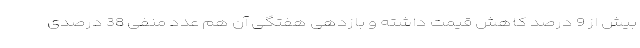
بیش از 9 درصد کاهش قیمت داشته و بازدهی هفتگی آن هم عدد منفی 38 درصدی